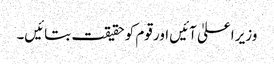
وزیر اعلیٰ آئیں اور قوم کو حقیقت بتائیں۔